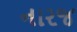
નારજ